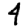
Digit: 4